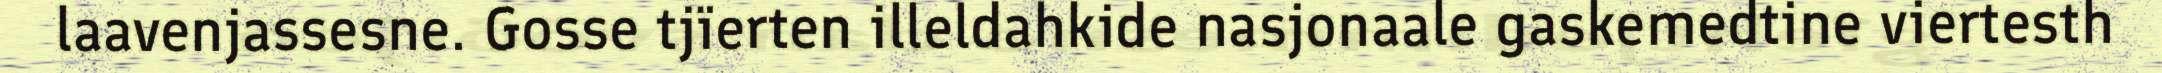
laavenjassesne. Gosse tjïerten illeldahkide nasjonaale gaskemedtine viertesth